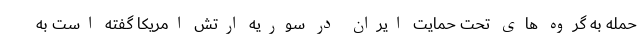
حمله به گروه های تحت حمایت ایران در سوریه ارتش امریکا گفته است به